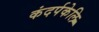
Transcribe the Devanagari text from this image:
कंदर्पकेलि